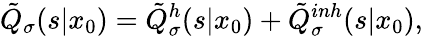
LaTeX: \tilde{Q}_{\sigma}(s|x_{0})=\tilde{Q}_{\sigma}^{h}(s|x_{0})+\tilde{Q}_{\sigma}^{inh}(s|x_{0}),